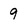
Character: 9